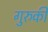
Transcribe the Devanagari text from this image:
गुरुकी